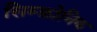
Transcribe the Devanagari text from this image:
सिम्फ़ोनिक